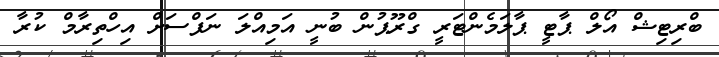
ބްރިޓިޝް އޯލް ޕާޓީ ޕާލަމެންޓަރީ ގްރޫޕުން ބުނީ އަމިއްލަ ނަފްސަށް އިހްތިރާމް ކުރާ